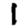
Digit: 1